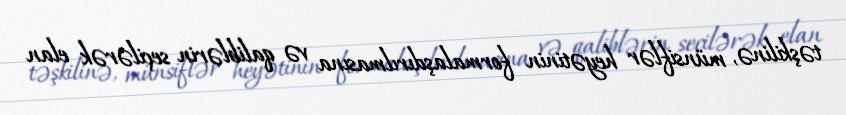
təşkilinə, münsiflər heyətinin formalaşdırılmasına və qaliblərin seçilərək elan